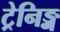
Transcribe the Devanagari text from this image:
ट्रेनिङ्ग